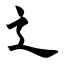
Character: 辶